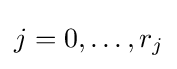
j=0,\ldots ,r_{j}